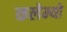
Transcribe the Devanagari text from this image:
कलेम्यो